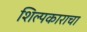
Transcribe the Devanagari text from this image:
शिल्पकाराचा